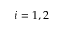
i = 1 , 2